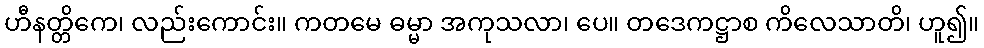
ဟီနတ္တိကေ၊ လည်းကောင်း။ ကတမေ ဓမ္မာ အကုသလာ၊ ပေ။ တဒေကဋ္ဌာစ ကိလေသာတိ၊ ဟူ၍။